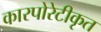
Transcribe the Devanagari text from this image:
कारपोरेटीकृत